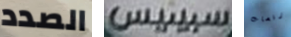
الصدد سبينيس رقصات